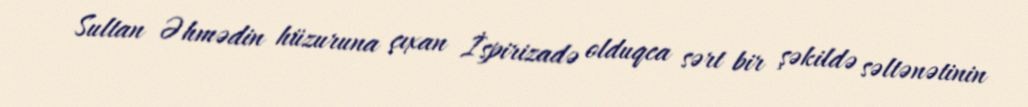
Sultan Əhmədin hüzuruna çıxan İspirizadə olduqca sərt bir şəkildə səltənətinin